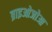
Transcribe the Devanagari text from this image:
ब्राइओजोआ